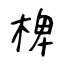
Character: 椑